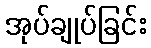
အုပ်ချုပ်ခြင်း